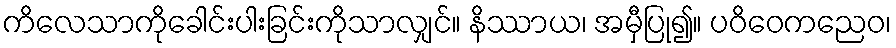
ကိလေသာကိုခေါင်းပါးခြင်းကိုသာလျှင်။ နိဿာယ၊ အမှီပြု၍။ ပဝိဝေကညေဝ၊